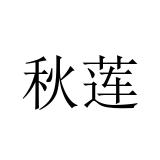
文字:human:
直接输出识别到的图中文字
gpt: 秋莲